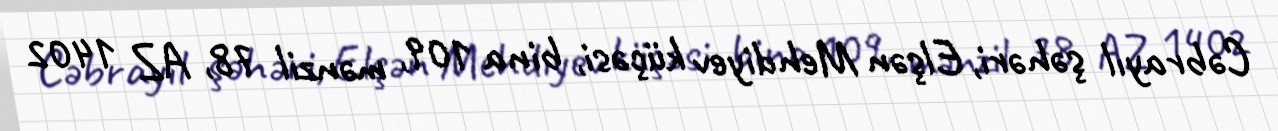
Cəbrayıl şəhəri, Elşən Mehdiyev küçəsi, bina 109, mənzil 78, AZ 1402